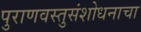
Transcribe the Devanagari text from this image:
पुराणवस्तुसंशोधनाचा